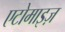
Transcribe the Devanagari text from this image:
एटोमाइज़